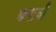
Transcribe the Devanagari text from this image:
खणाची